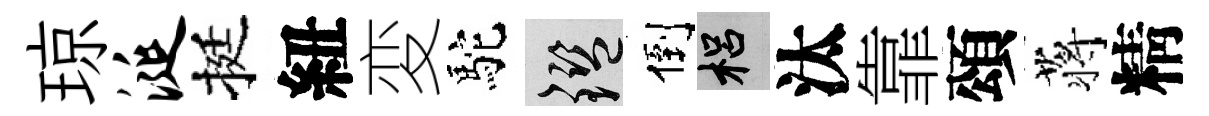
琼涎挺紐変駝鑒倒梠汰靠頌蒋精